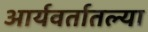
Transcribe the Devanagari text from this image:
आर्यवर्तातल्या